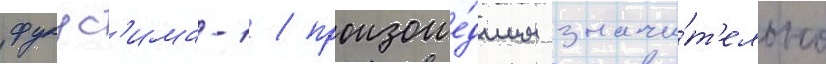
фукус'има-1 / произоше́дшим значи́т'ельно